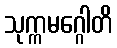
သုက္ကမဂ္ဂေါတိ